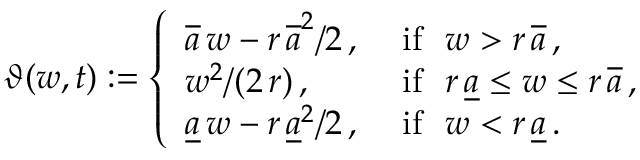
\vartheta ( w , t ) : = \left\{ \begin{array} { l l } { \overline { { a } } \, w - r \, \overline { { a } } ^ { 2 } / 2 \, , } & { \mathrm { ~ i f \ \ } w > r \, \overline { { a } } \, , } \\ { w ^ { 2 } / ( 2 \, r ) \, , } & { \mathrm { ~ i f \ \ } r \, \underline { { a } } \le w \le r \, \overline { { a } } \, , } \\ { \underline { { a } } \, w - r \, \underline { { a } } ^ { 2 } / 2 \, , } & { \mathrm { ~ i f \ \ } w < r \, \underline { { a } } \, . } \end{array} \right.